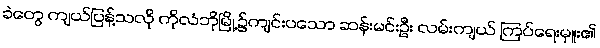
ခဲတွေ ကျယ်ပြန့်သလို ကိုလံဘိုမြို့၌ကျင်းပသော ဆန်းမင်းဦး လမ်းကျယ် ကြပ်ရေးမှူး၏